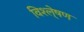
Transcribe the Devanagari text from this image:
विश्ले्षण